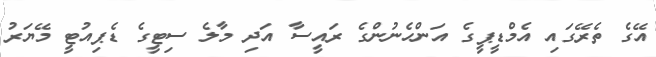
އޭގެ ތެރޭގައި އެމްޑީޕީގެ އަންހެނުންގެ ރައީސާ އަދި މާލެ ސިޓީގެ ޑެޕިއުޓީ މޭޔަރު